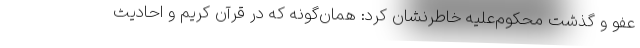
عفو و گذشت محکوم‌علیه خاطرنشان کرد: همان‌گونه که در قرآن کریم و احادیث